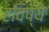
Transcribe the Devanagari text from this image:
हविष्ये